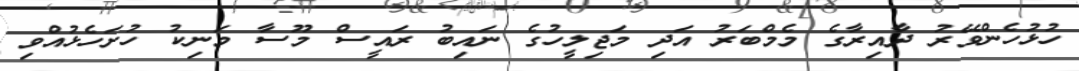
ހުޅުހެންވޭރު ދާއިރާގެ މެމްބަރު އަދި މަޖިލީހުގެ ނައިބު ރައީސް މޫސާ މަނިކު ހުށަހެޅުއްވި